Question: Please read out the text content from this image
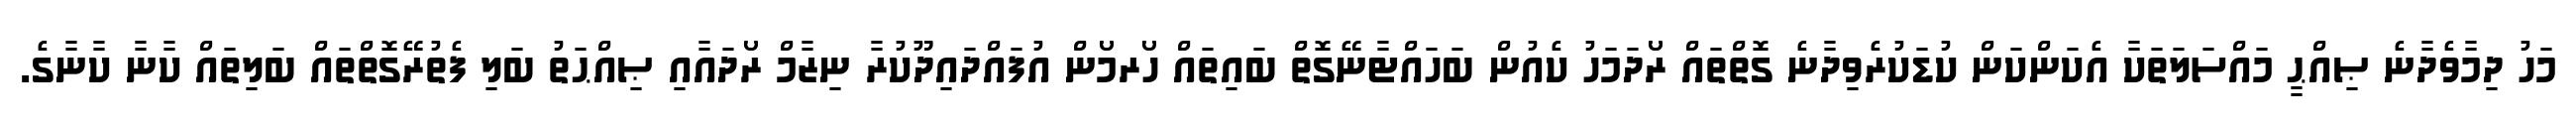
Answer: މަހު ދިމާވެދާނެ ޞިއްޙީ މައްސަލަތަކާ އެކަންކަން ކުޑަކުރެވިދާނެ ގޮތްތައް ރޯދަމަހު ކެއުން ބަހައްޓާނޭގޮތް ބައިތައް ހޯރމޯން އުފައްދައިދޫކުރާ ނިޒާމް ރޯދައާއި ޞިއްޙަތު ބަލި ފެތުރޭގޮތްތައް ބަލިތައް ކާނާ ކާނާގެ.